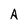
Character: A